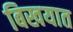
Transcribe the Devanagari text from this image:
बिखयात